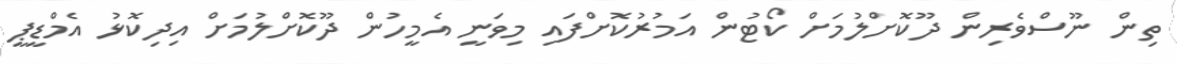
ތިން ނޫސްވެރިން ދޫކޮށްލުމަށް ކޯޓުން އަމުރުކޮށްފައި މިވަނީ އެމީހުން ދޫކޮށްލުމަށް އިދިކޮޅު އެމްޑީޕީ